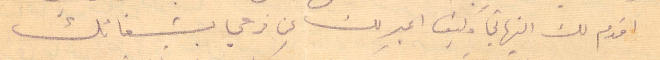
اقدم لك التهاني وكيف اعبر لك عن فرحي بشفائك